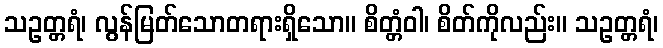
သဥတ္တရံ၊ လွန်မြတ်သောတရားရှိသော။ စိတ္တံဝါ၊ စိတ်ကိုလည်း။ သဥတ္တရံ၊